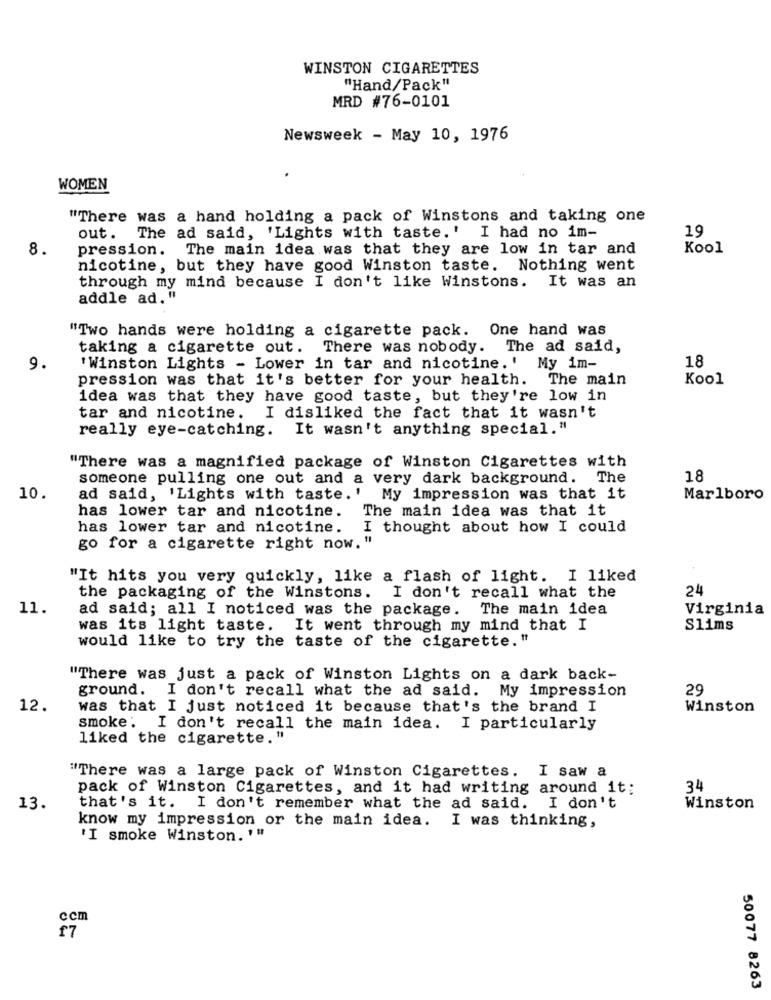
WINSTON CIGARETTES
"Hand/Pack"
MRD #76-0101
Newsweek - May 10, 1976
WOMEN
"There was a hand holding a pack of Winstons and taking one
19
out. The ad said, 'Lights with taste.' I had no im-
8.
pression. The main idea was that they are low in tar and
Kool
nicotine, but they have good Winston taste. Nothing went
through my mind because I don't like Winstons. It was an
addle ad."
"Two hands were holding a cigarette pack. One hand was
taking a cigarette out. There was nobody. The ad said,
9.
'Winston Lights - Lower in tar and nicotine.' My im-
18
pression was that it's better for your health. The main
Kool
idea was that they have good taste, but they're low in
tar and nicotine.
I disliked the fact that it wasn't
really eye-catching. It wasn't anything special."
"There was a magnified package of Winston Cigarettes with
someone pulling one out and a very dark background. The
18
10.
ad said, 'Lights with taste.' My impression was that it
Marlboro
has lower tar and nicotine. The main idea was that it
has lower tar and nicotine.
I thought about how I could
go for a cigarette right now.'
"It hits you very quickly, like a flash of light. I liked
24
the packaging of the Winstons. I don't recall what the
11.
ad said; all I noticed was the package. The main idea
Virginia
was its light taste. It went through my mind that I
Slims
would like to try the taste of the cigarette."
"There was just a pack of Winston Lights on a dark back-
ground. I don't recall what the ad said. My impression
29
12.
was that I just noticed it because that's the brand I
Winston
smoke. I don't recall the main idea. I particularly
liked the cigarette."
"There was a large pack of Winston Cigarettes. I saw a
pack of Winston Cigarettes, and it had writing around it:
34
13.
that's it. I don't remember what the ad said. I don't
Winston
know my impression or the main idea. I was thinking,
'I smoke Winston. '"
ccm
f7
50077 8263